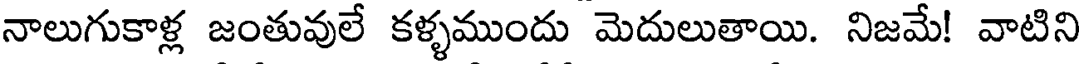
నాలుగుకాళ్ల జంతువులే కళ్ళముందు మెదులుతాయి. నిజమే! వాటిని